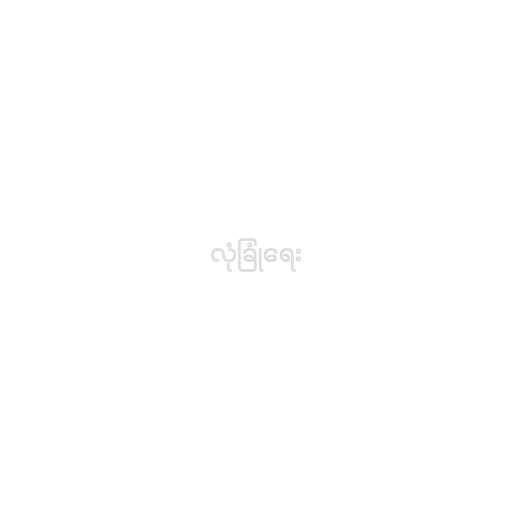
လုံခြုံရေး